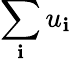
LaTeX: \sum_{\mathbf{i}}u_{\mathbf{i}}